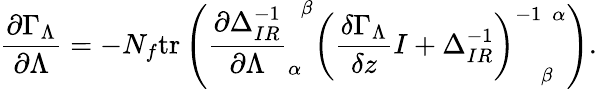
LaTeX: \frac{\partial\Gamma_{\Lambda}}{\partial\Lambda}=-N_{f}\mathrm{tr}\left(\frac{\partial\Delta_{IR}^{-1}}{\partial\Lambda}_{\alpha}^{\phantom{\alpha}\beta}\left(\frac{\delta\Gamma_{\Lambda}}{\delta z}I+\Delta_{IR}^{-1}\right)_{\phantom{-1}\beta}^{-1\phantom{\beta}\alpha}\right).